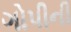
ગોપીની